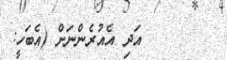
٦٥       އަދި އެއުރެންނަށް (އެބަހީ: